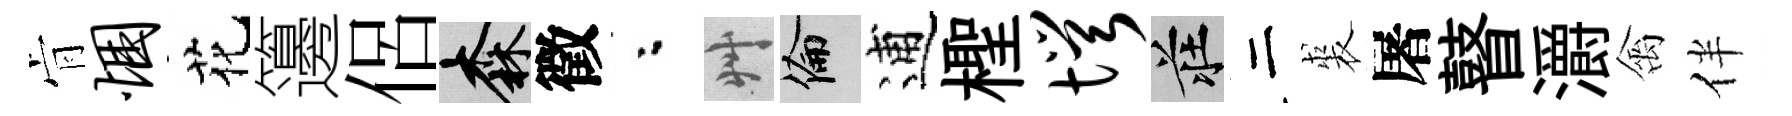
肻悃花籩侶森徵粉艸倫逋檉愕莊二裘屠瞽灂禽伴